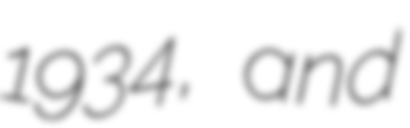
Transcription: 1934, and